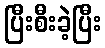
ပြီးစီးခဲ့ပြီး